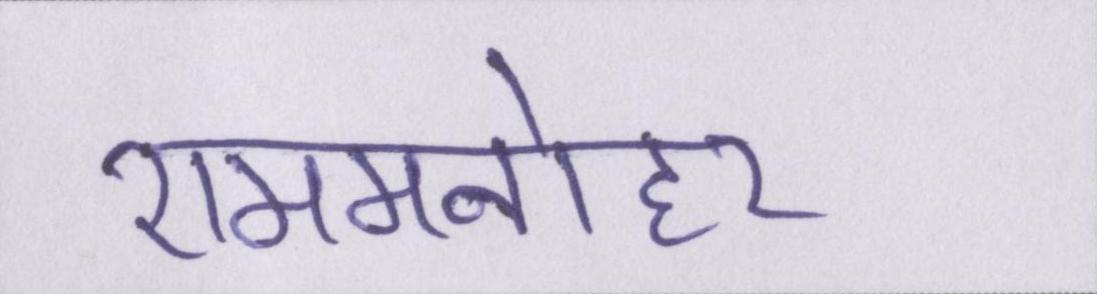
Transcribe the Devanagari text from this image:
राममनोहर